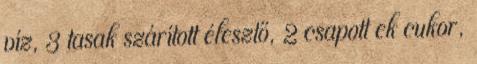
víz, 3 tasak szárított élesztő, 2 csapott ek cukor,